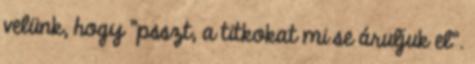
velünk, hogy "psszt, a titkokat mi se áruljuk el".